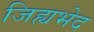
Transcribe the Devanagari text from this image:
जिह्यभेद